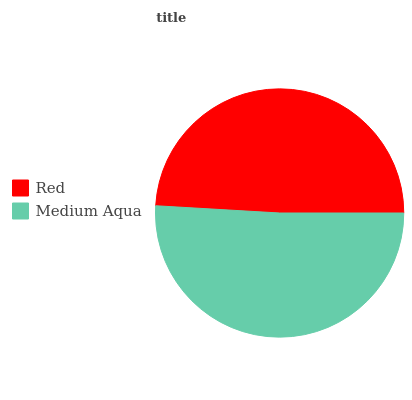
| Red | Medium Aqua |
 | --- | --- |
 | 49% | 51% |